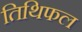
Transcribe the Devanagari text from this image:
तिथिफल